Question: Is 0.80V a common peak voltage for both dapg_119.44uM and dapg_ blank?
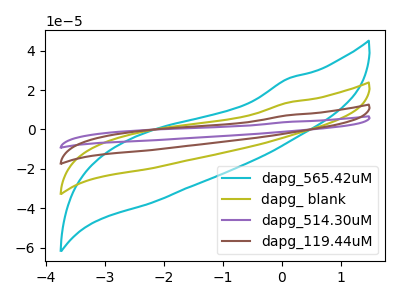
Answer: <think>The cyan curve "dapg_565.42uM" has no peaks. The olive curve "dapg_ blank" has no peaks. The purple curve "dapg_514.30uM" has no peaks. The brown curve "dapg_119.44uM" has no peaks.</think>
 <answer>No, "dapg_119.44uM" and "dapg_ blank" dont share a peak at 0.80V.</answer>
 <eval>mismatch</eval>